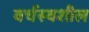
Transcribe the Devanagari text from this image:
वर्चस्वशील